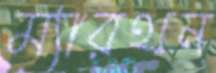
ম্যারথন